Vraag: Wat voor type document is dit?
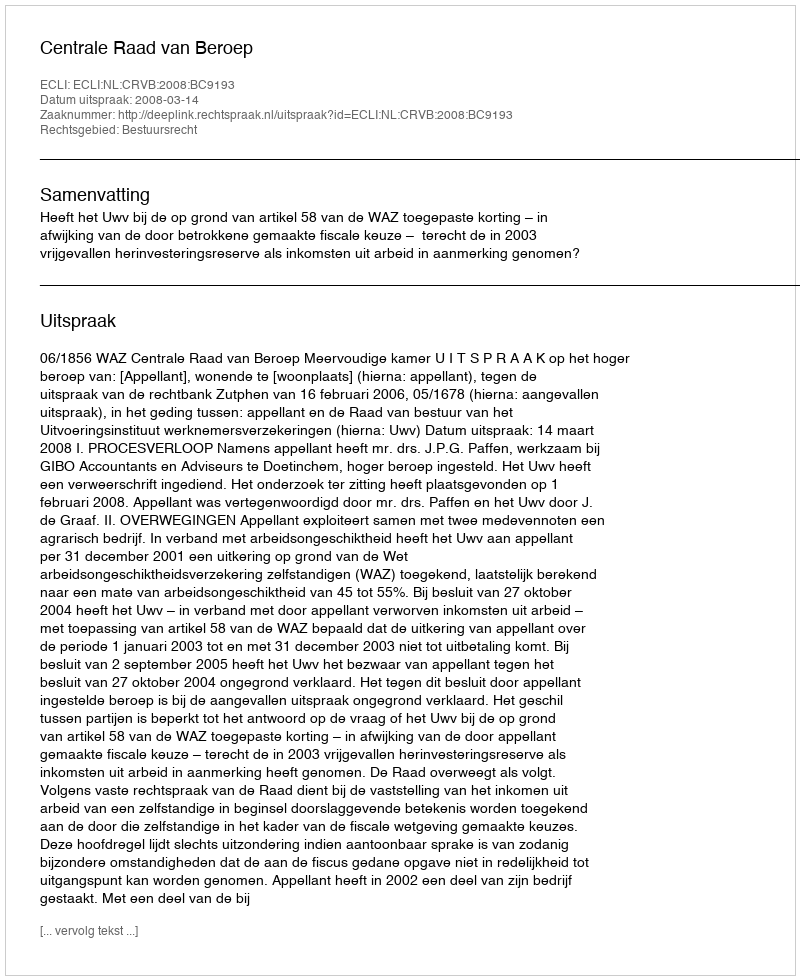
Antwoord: Uitspraak